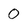
Character: 0